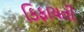
કિફાયતી